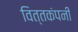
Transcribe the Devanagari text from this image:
वित्तकंपनी